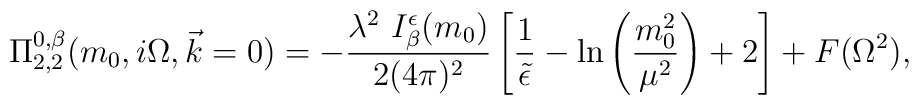
\Pi_{2,2}^{0,\beta} (m_0,i \Omega, \vec k=0)= -\frac{\lambda^2 ~  I_{\beta}^{\epsilon}(m_0)} {2(4\pi)^2}  \left[\frac{1}{\tilde \epsilon} - \ln \left( \frac{m_0^2}{\mu^2} \right) +2 \right] + F(\Omega^2),